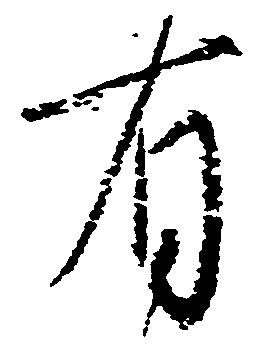
有